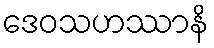
ဒေဝသဟဿာနိ